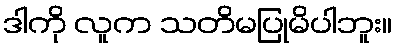
ဒါကို လူက သတိမပြုမိပါဘူး။